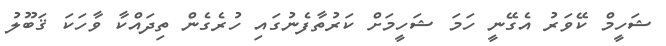
ޝަހީމް ކޭވަރު އެގޭނީ ހަމަ ޝަހީމަށް ކަރުތާފެނުގައި ހުރެގެން ތިދައްކާ ވާހަކަ ޤަބޫލު